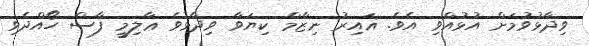
ވިދާޅުވުމަށް އުޅުއްވި އެވެ. ޣައިރު ނިޒާމް ކިޔަވާ ވިދާޅުވެ ޢާލިމީ ފާސް ހޯއްދެވި